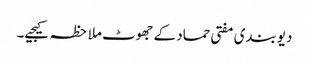
دیوبندی مفتی حماد کے جھوٹ ملاحظہ کیجیے۔